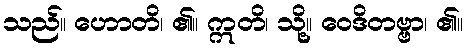
သည်။ ဟောတိ၊ ၏။ ဣတိ၊ သို့။ ဝေဒိတဗ္ဗာ၊ ၏။